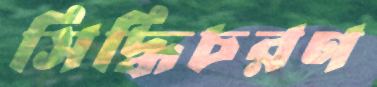
সিদ্ধিচরণ